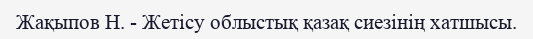
Жақыпов Н. - Жетісу облыстық қазақ сиезінің хатшысы.